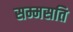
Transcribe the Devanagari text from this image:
सम्मसति